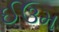
ઈઉમ